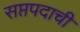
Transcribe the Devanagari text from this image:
सप्तपदाची